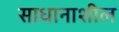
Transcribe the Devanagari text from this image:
साधानाशील